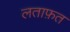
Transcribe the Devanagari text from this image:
लताफ़त